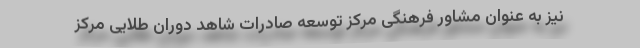
نیز به عنوان مشاور فرهنگی مرکز توسعه صادرات شاهد دوران طلایی مرکز